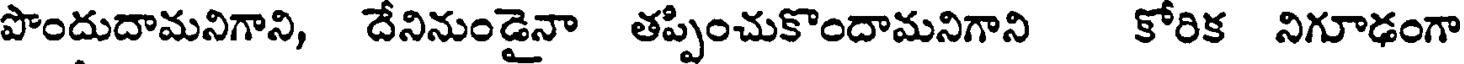
పొందుదామనిగాని, దేనినుండైనా తప్పించుకొందామనిగాని కోరిక నిగూఢంగా